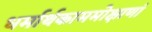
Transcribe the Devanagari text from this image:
धर्मार्थकाममोक्षाणां